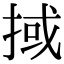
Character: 掝